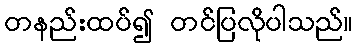
တနည်းထပ်၍ တင်ပြလိုပါသည်။